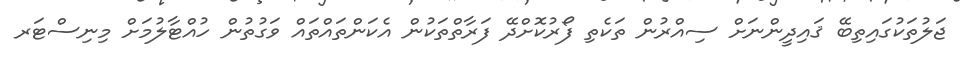
ޖަލުތަކުގައިތިބޭ ޤައިދީންނަށް ސިއްރުން ތަކެތި ފޯރުކޮށްދޭ ފަރާތްތަކުން އެކަންތައްތައް ވަގުތުން ހުއްޓާލުމަށް މިނިސްޓަރ